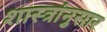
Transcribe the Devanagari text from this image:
शास्त्रांनुसार